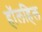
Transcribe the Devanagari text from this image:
हॉलहिल